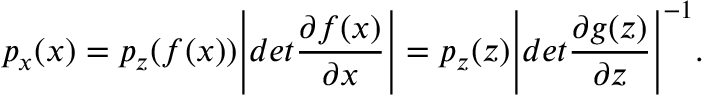
p _ { x } ( x ) = p _ { z } ( f ( x ) ) \Bigg \lvert d e t \frac { \partial f ( x ) } { \partial x } \Bigg \rvert = p _ { z } ( z ) \Bigg \lvert d e t \frac { \partial g ( z ) } { \partial z } \Bigg \rvert ^ { - 1 } .